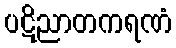
ပဋိညာတကရဏံ